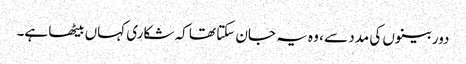
دوربینوں کی مدد سے ، وہ یہ جان سکتا تھا کہ شکاری کہاں بیٹھا ہے۔